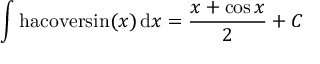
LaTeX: \int \mathrm { h a c o v e r s i n } ( x ) \, \mathrm { d } x = { \frac { x + \cos { x } } { 2 } } + C